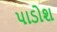
પાડોશ